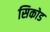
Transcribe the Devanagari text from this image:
सिकोड